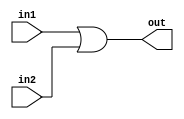
module bit32_OR (out, in1, in2);
	input [31:0] in1, in2;
	output [31:0] out;
	assign {out} = in1|in2;
endmodule